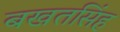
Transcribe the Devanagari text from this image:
बखतसिंह